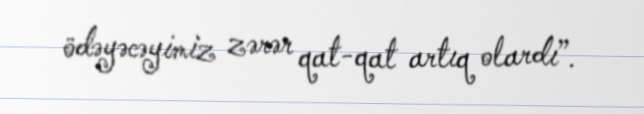
ödəyəcəyimiz zərər qat-qat artıq olardı”.